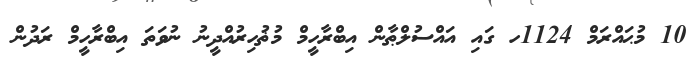
10 މުޙައްރަމް 1124ހ ގައި އައްސުލްޠާން އިބްރާހީމް މުޡުހިރުއްދީނު ނުވަތަ އިބްރާހީމް ރަދުން